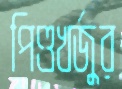
পিণ্ডখর্জুর